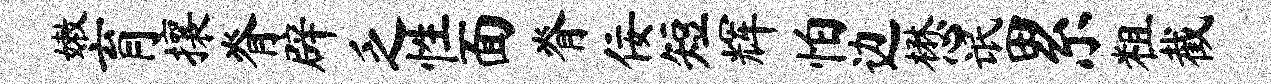
嫩育攘脊辟乏性面脊佞短辉怕边懋氓累粗截